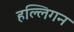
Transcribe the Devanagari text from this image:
हल्लिगन